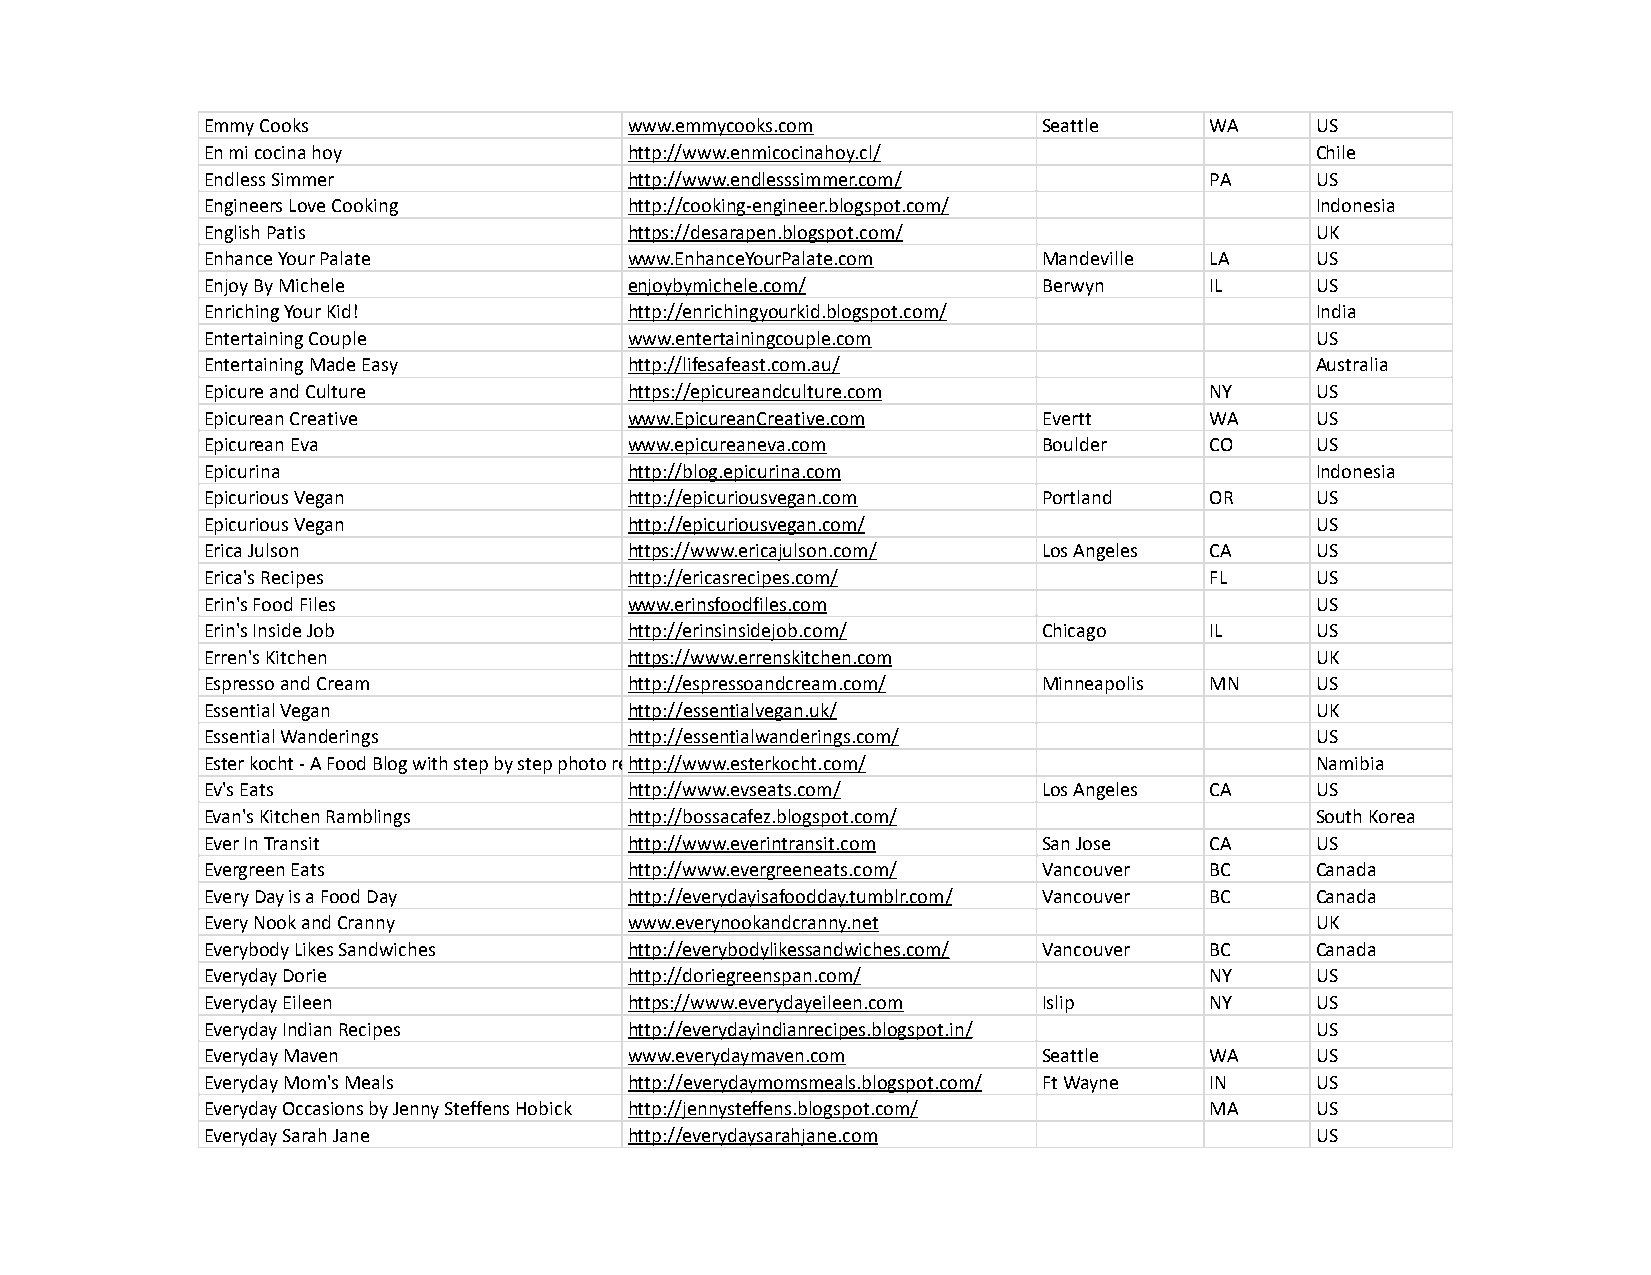
Emmy Cooks                  www.emmycooks.com          Seattle    WA     US
 En mi cocina hoy            http://www.enmicocinahoy.cl/                 Chile
 Endless Simmer              http://www.endlesssimmer.com/         PA     US
 Engineers Love Cooking      http://cooking-engineer.blogspot.com/        Indonesia
 English Patis               https://desarapen.blogspot.com/              UK
 Enhance Your Palate         www.EnhanceYourPalate.com  Mandeville LA     US
 Enjoy By Michele            enjoybymichele.com/        Berwyn     IL     US
 Enriching Your Kid!         http://enrichingyourkid.blogspot.com/        India
 Entertaining Couple         www.entertainingcouple.com                   US
 Entertaining Made Easy      http://lifesafeast.com.au/                   Australia
 Epicure and Culture         https://epicureandculture.com         NY     US
 Epicurean Creative          www.EpicureanCreative.com  Evertt     WA     US
 Epicurean Eva               www.epicureaneva.com       Boulder    CO     US
 Epicurina                   http://blog.epicurina.com                    Indonesia
 Epicurious Vegan            http://epicuriousvegan.com Portland   OR     US
 Epicurious Vegan            http://epicuriousvegan.com/                  US
 Erica Julson                https://www.ericajulson.com/ Los Angeles CA  US
 Erica's Recipes             http://ericasrecipes.com/             FL     US
 Erin's Food Files           www.erinsfoodfiles.com                       US
 Erin's Inside Job           http://erinsinsidejob.com/ Chicago    IL     US
 Erren's Kitchen             https://www.errenskitchen.com                UK
 Espresso and Cream          http://espressoandcream.com/ Minneapolis MN  US
 Essential Vegan             http://essentialvegan.uk/                    UK
 Essential Wanderings        http://essentialwanderings.com/              US
 Ester kocht - A Food Blog with step by step photo rehcitptpe:s//www.esterkocht.com/ Namibia
 Ev's Eats                   http://www.evseats.com/    Los Angeles CA    US
 Evan's Kitchen Ramblings    http://bossacafez.blogspot.com/              South Korea
 Ever In Transit             http://www.everintransit.com San Jose CA     US
 Evergreen Eats              http://www.evergreeneats.com/ Vancouver BC   Canada
 Every Day is a Food Day     http://everydayisafoodday.tumblr.com/ Vancouver BC Canada
 Every Nook and Cranny       www.everynookandcranny.net                   UK
 Everybody Likes Sandwiches  http://everybodylikessandwiches.com/ Vancouver BC Canada
 Everyday Dorie              http://doriegreenspan.com/            NY     US
 Everyday Eileen             https://www.everydayeileen.com Islip  NY     US
 Everyday Indian Recipes     http://everydayindianrecipes.blogspot.in/    US
 Everyday Maven              www.everydaymaven.com      Seattle    WA     US
 Everyday Mom's Meals        http://everydaymomsmeals.blogspot.com/ Ft Wayne IN US
 Everyday Occasions by Jenny Steffens Hobick http://jennysteffens.blogspot.com/ MA US
 Everyday Sarah Jane         http://everydaysarahjane.com                 US